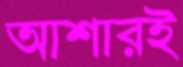
আশারই